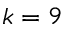
k = 9